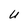
Character: U